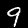
Digit: 9